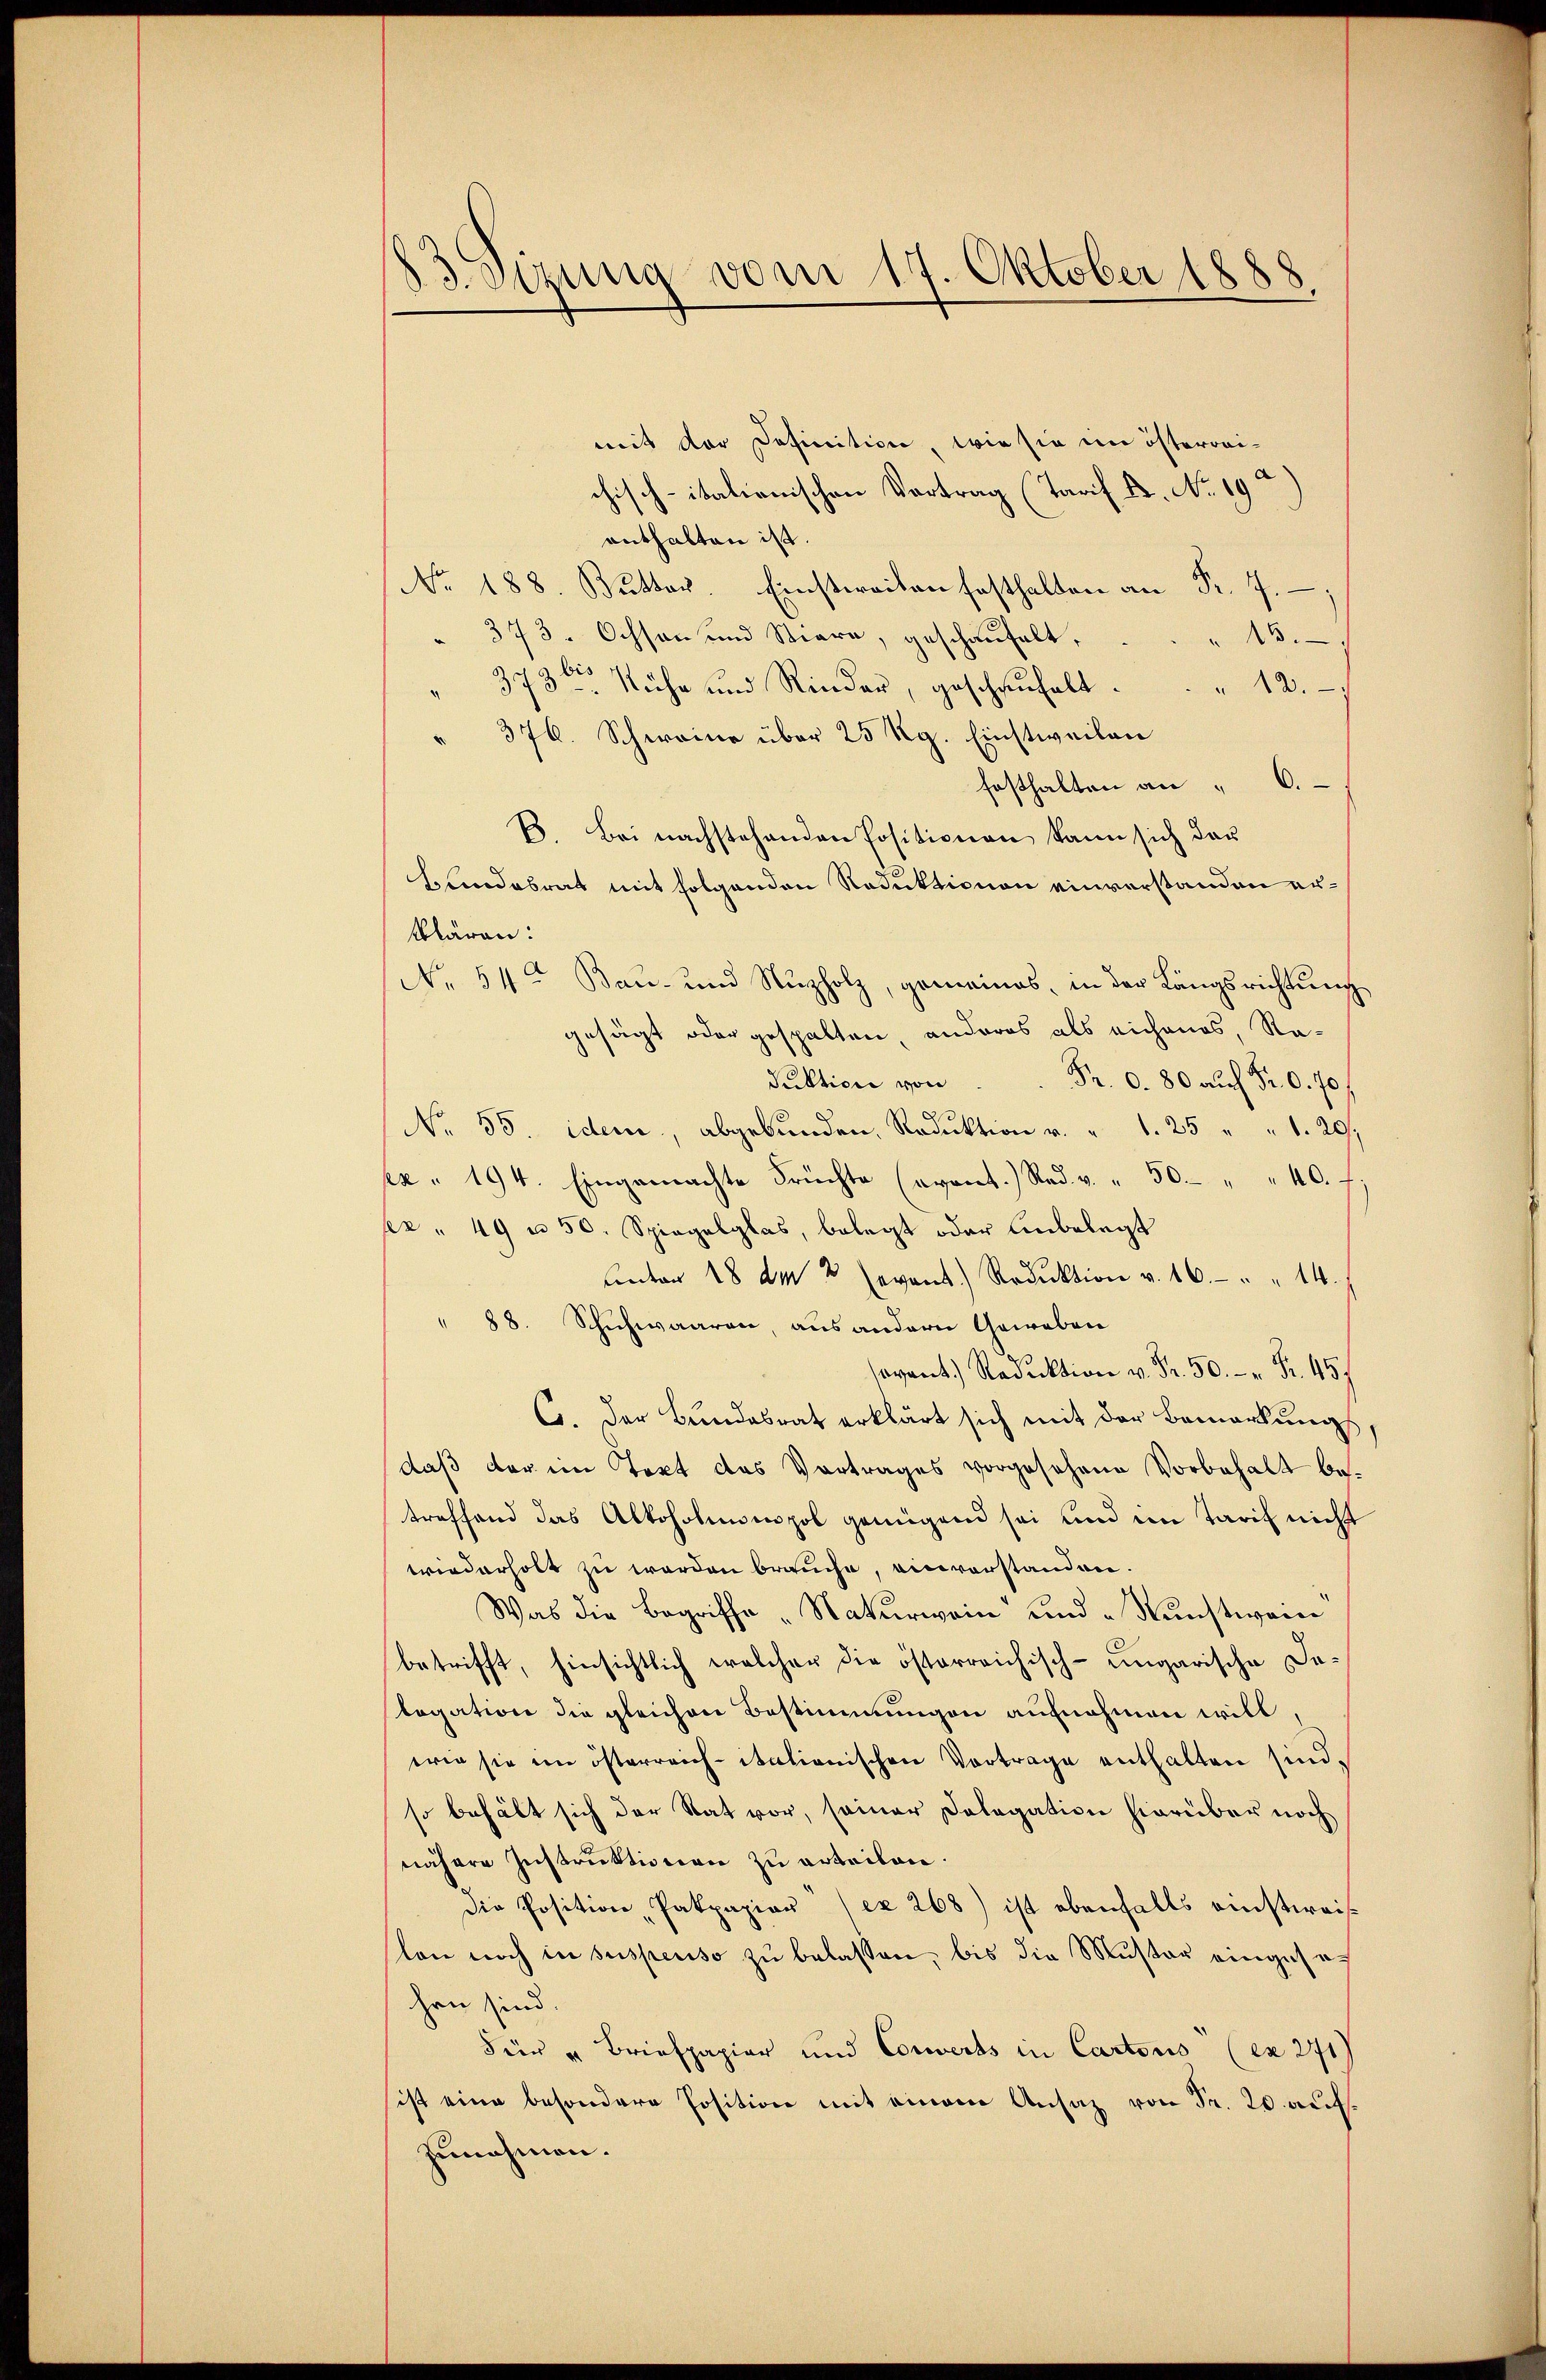
83. Sizung vom 17. Oktober 1888.

mit der Definition, wie sie im österreichisch-italienischen Vortrag (Tarif B. No. 19
enthalten ist.
No. 188. Butter. Einstereiten festhalten an Fr. 7
" 373. Ochsen und Steare, geschaufelt,
16.
373ter Nähe und Rinder, geschanhalt. " 12.
376. Schweine über 25 Kg. Einstweilen
6.
festhalten an,
B. Bei nachstehenden Positionen kann sich das
bandobrat mit folgenden Reduktionen einverstanden erklären:
No 54ten Bau- und Nŭzholz, gemeines, in der Längsrichtŭng
gesagt oder gespalten, anderes als eichenes, Ra¬
Pr. O. 80 auch Fr. 0. 70
Puktion von
No. 35. idem, abgebunden, Reduktion v. " 1. 25 " " 1. 29,
xx" 194. Eingemachte Früchte (avant.) Rad. v. " 50 " " 40. f
ex " 49 u. 50. Spiegelglas, belegt oder anbelegt
unter 18 am 4. event.) Reduktion v. 16. " " 14.
" 88. Schuhwaaren, aus andern Geweben
avant Reduktion v. Fr. 50.  Fr. 457
C. Der Bundesrat erklärt sich mit der Bemerkung,
daß der im Text des Vortrages vorgesehene Vorbehalt betreffend das Altoholmnnpol genügend sei und im Tarif nicht
wriederholt zu werden brauche, einvorstanden.
Was die Begriffe „Naturwein und Kunstwei
betrifft, hinsichtlich welcher die österreichisch-ungarische Datagation die gleichen Bestimmungen aufnahmen will
wie sie im österreich- italienischen Vortrage enthalten sind.
so behält sich der Rat vor, seiner Dologation hierüber noch
nähere Instruktionen zu erteilen.
Die Position „Pakpapier (ex. 268) ist ebenfalls einstereislon noch in suspenso zu belassen, bis die Muster eingesehen sind.
Für " Briefpapier und Corverts in Cartons (ex. 271
ist eine besondere Position mit einem Ansaz von Fr. 20. auf
zunehmen.